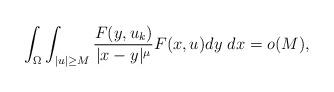
LaTeX: \begin{align*}\int_{\Omega} \int_{|u| \geq M} \frac{F(y,u_k)}{|x-y|^{\mu}} F(x,u) dy ~dx = o(M),\end{align*}